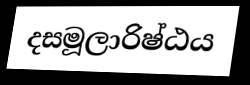
දසමූලාරිෂ්ඨය